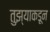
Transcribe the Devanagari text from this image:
तुझ्याकडून